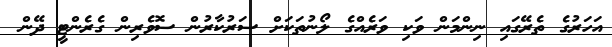
އަހަރުގެ ތެރޭގައި ނިންމަން ވަކި ވަރެއްގެ ލޯނުތަކަށް ސަރުކާރުން ސޮވެރިން ގެރެންޓީ ދޭން